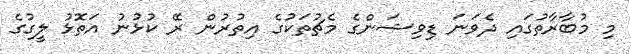
މި މުބާރާތުގައި ދެވަނަ ޑިވިޝަންގެ މެޗުތަކުގެ އިތުރުން ރޭ ކުޅުނު އަތޮޅު ލީގުގެ